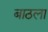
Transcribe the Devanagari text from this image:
बाठला